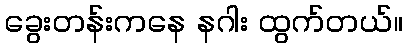
ခွေးတန်းကနေ နဂါး ထွက်တယ်။